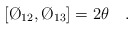
\begin{align*}[ \O_{12},\O_{13}] = 2 \theta \quad .\end{align*}